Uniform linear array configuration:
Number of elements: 12
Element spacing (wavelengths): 0.5
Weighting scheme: hamming
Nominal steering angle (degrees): -15
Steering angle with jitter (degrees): -16.103
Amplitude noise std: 0.05
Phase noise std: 0.05

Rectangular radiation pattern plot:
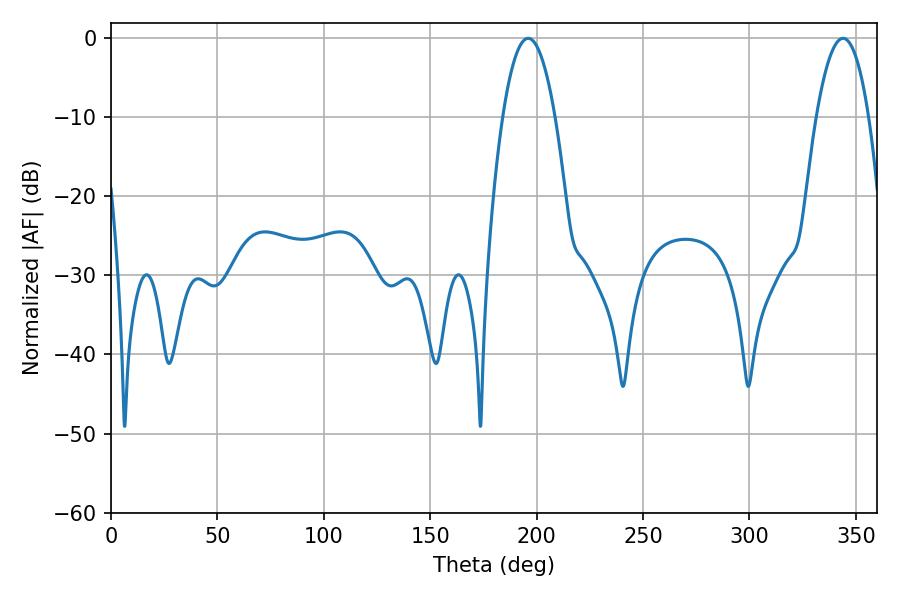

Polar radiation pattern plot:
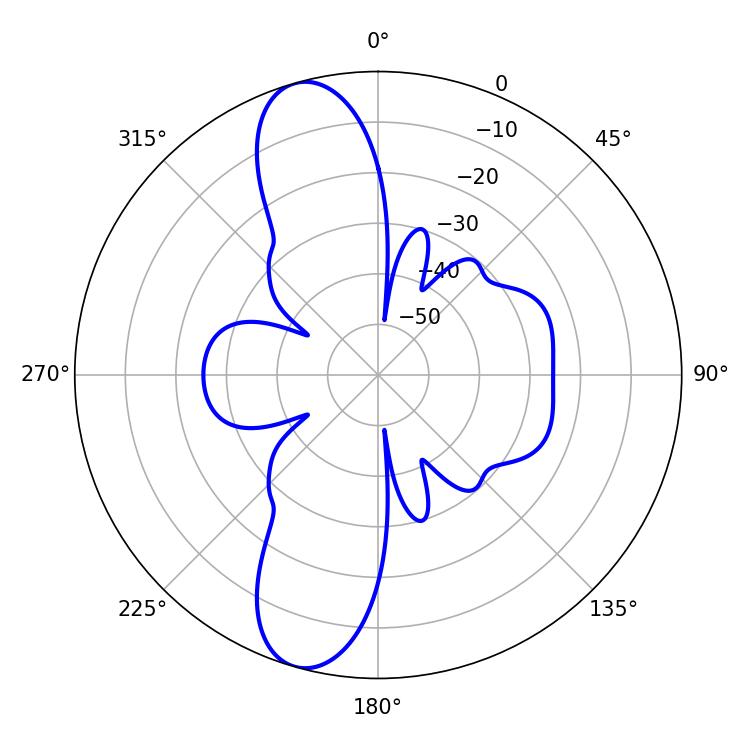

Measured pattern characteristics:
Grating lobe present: FALSE
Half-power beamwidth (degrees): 13.5
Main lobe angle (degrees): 343.98